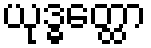
ယုဒ္ဓတ္ထော